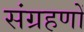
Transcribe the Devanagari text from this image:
संग्रहणों